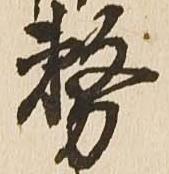
務